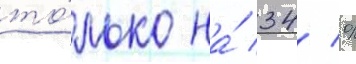
то́лько на́ 34 %